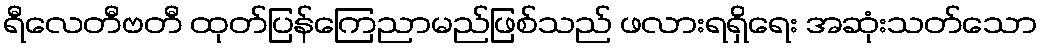
ရီလေတီဗတီ ထုတ်ပြန်ကြေညာမည်ဖြစ်သည် ဖလားရရှိရေး အဆုံးသတ်သော